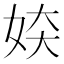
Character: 𫰜